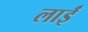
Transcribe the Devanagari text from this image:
लाईं